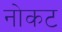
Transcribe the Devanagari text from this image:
नोकट